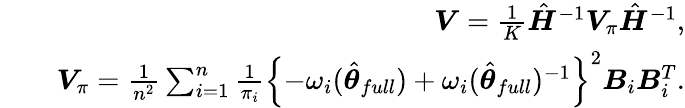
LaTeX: \begin{array}{rlr}&{}&{\boldsymbol{V}=\frac{1}{K}\hat{\boldsymbol{H}}^{-1}\boldsymbol{V}_{\pi}\hat{\boldsymbol{H}}^{-1},}\\ &{}&{\boldsymbol{V}_{\pi}=\frac{1}{n^{2}}\sum_{i=1}^{n}\frac{1}{\pi_{i}}\left\{ -\omega_{i}(\hat{\boldsymbol{\theta}}_{full})+\omega_{i}(\hat{\boldsymbol{\theta}}_{full})^{-1}\right\} ^{2}\boldsymbol{B}_{i}\boldsymbol{B}_{i}^{T}.}\end{array}